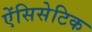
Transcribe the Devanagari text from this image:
ऐंसिसेटिक